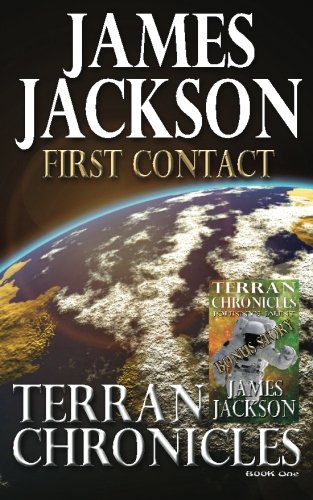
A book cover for First Contact: Terran Chronicles Universe (Volume 1); James Jackson; Science Fiction & Fantasy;